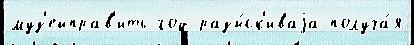
муз'ейправ'ить год разы́ск'иваjа получа́я